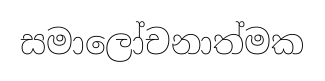
සමාලෝචනාත්මක